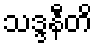
သဒ္ဒနီတိ